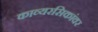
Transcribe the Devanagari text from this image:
काव्यरसिकांवर